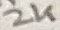
Text: 2K